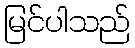
မြင်ပါသည်